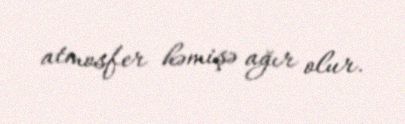
atmosfer həmişə ağır olur.